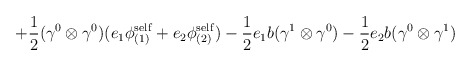
\begin{align*}+ \frac{1}{2} ({\gamma}^0 \otimes {\gamma}^0) (e_1 {\phi}^{\rm self}_{(1)}+ e_2 {\phi}^{\rm self}_{(2)}) - \frac{1}{2} e_1 b ({\gamma}^1\otimes {\gamma}^0 ) - \frac{1}{2} e_2 b ({\gamma}^0 \otimes{\gamma}^1 )\end{align*}